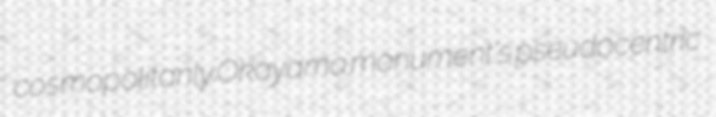
cosmopolitanly Okayama monument's pseudocentric